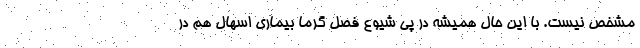
مشخص نیست. با این حال همیشه در پی شیوع فصل گرما بیماری اسهال هم در